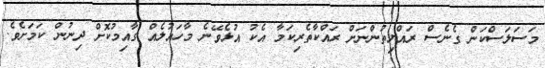
މަސަލަސްކަން ގެނެސް ރައްޔިތުންނަށް ރައްކާތެރިކަމާ އެކު އުޅެވޭނެ މާހައުލެއް ގާއިމުކޮށް ދިނުން ކަމަށެވެ.